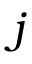
j